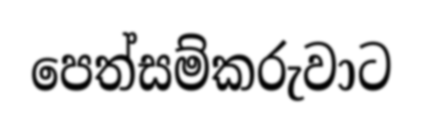
පෙත්සම්කරුවාට